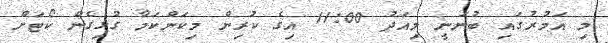
މި އަމުރުގައި ބުނަނީ މިއަދު 11:00 އިގެ ކުރިން މިކަންކަމާ ގުޅިގެން ކޯޓަށް